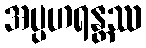
အပ္ပဟရန္တဿ